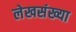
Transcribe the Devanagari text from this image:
लेखसंख्या